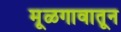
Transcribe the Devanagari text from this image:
मूळगावातून